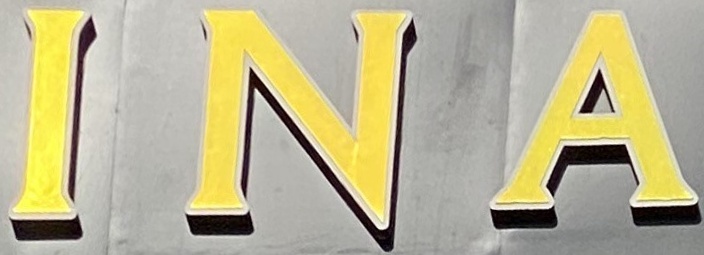
I N A